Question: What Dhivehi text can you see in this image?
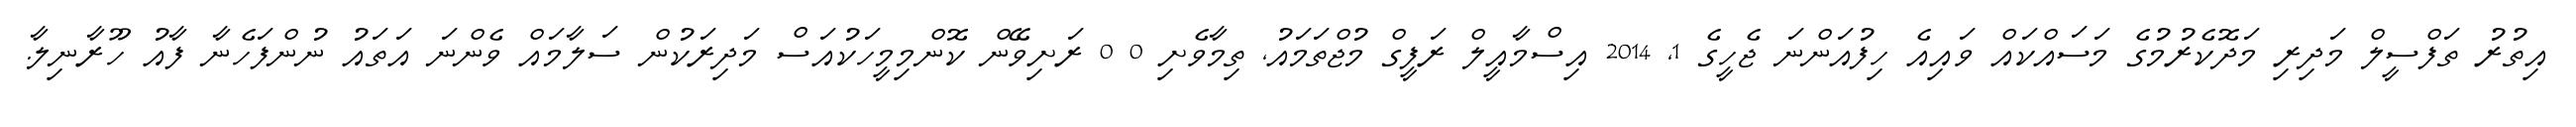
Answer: އިތުރު ތަފްސީލް މަދިރި މަދޮކެރުމުގެ މަސައްކައް ވައިއެ ހިފުއަންނަ ޖެހީގެ 1, 2014 އިސްމާއީލް ރަފީގް މުޖްތަމައު, ތިމާވެށި 0 0 ރަށިވޭން ކޮންމިމީހަކުއަސް މަދިރަކުން ސަލާމައް ވެންނަ އަތައު ނުންފަހެނާ ފާއު ހޫރާނިލާ.